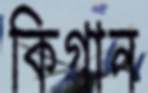
কিগান